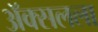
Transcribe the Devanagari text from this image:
ॲक्सलला